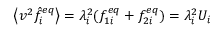
\left\langle v ^ { 2 } \hat { f } _ { i } ^ { e q } \right\rangle = \lambda _ { i } ^ { 2 } ( f _ { 1 i } ^ { e q } + f _ { 2 i } ^ { e q } ) = \lambda _ { i } ^ { 2 } U _ { i }